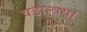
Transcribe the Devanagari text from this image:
षडान्वया